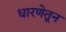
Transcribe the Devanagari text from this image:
धारणेतून